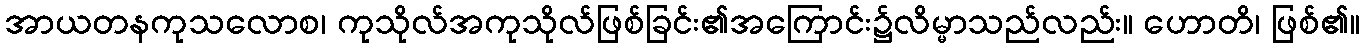
အာယတနကုသလောစ၊ ကုသိုလ်အကုသိုလ်ဖြစ်ခြင်း၏အကြောင်း၌လိမ္မာသည်လည်း။ ဟောတိ၊ ဖြစ်၏။